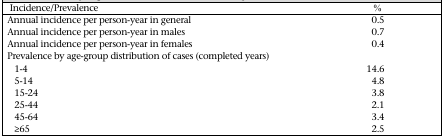
| Incidence/Prevalence | % |
 | --- | --- |
 | Annual incidence per person-year in general | 0.5 |
 | Annual incidence per person-year in males | 0.7 |
 | Annual incidence per person-year in females | 0.4 |
 | Prevalence by age-group distribution of cases (completed years) |  |
 | 1-4 | 14.6 |
 | 5-14 | 4.8 |
 | 15-24 | 3.8 |
 | 25-44 | 2.1 |
 | 45-64 | 3.4 |
 | ≥65 | 2.5 |